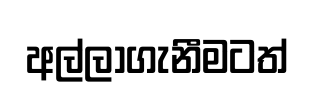
අල්ලාගැනීමටත්